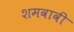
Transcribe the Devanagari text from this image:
शमवावी